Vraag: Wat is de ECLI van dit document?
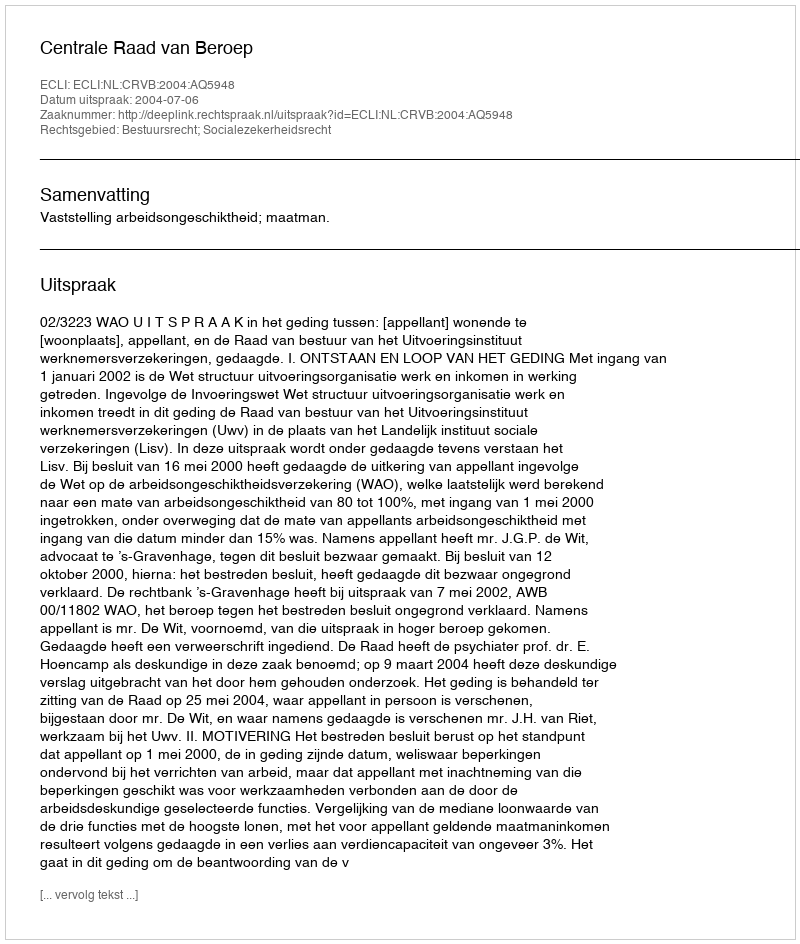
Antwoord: ECLI:NL:CRVB:2004:AQ5948